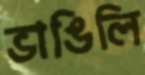
ভাঙিলি